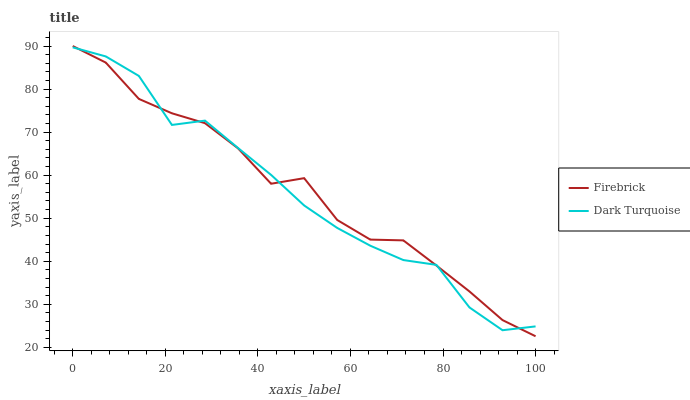
| xaxis_label | Firebrick | Dark Turquoise |
 | --- | --- | --- |
 | 0 | 90 | 89.7 |
 | 7.14 | 86.1 | 87.6 |
 | 14.3 | 77.7 | 83.1 |
 | 21.4 | 74.4 | 71.7 |
 | 28.6 | 72.1 | 72.7 |
 | 35.7 | 66.2 | 66.3 |
 | 42.9 | 58 | 60.1 |
 | 50 | 59.3 | 53 |
 | 57.1 | 49.6 | 47.7 |
 | 64.3 | 45 | 43.6 |
 | 71.4 | 44.8 | 40.3 |
 | 78.6 | 39 | 39.2 |
 | 85.7 | 33 | 29.3 |
 | 92.9 | 26.3 | 24 |
 | 100 | 22.6 | 24.9 |